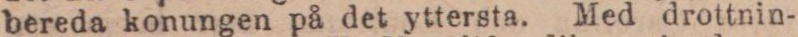
bereda konungen på det yttersta. Med drottnin-